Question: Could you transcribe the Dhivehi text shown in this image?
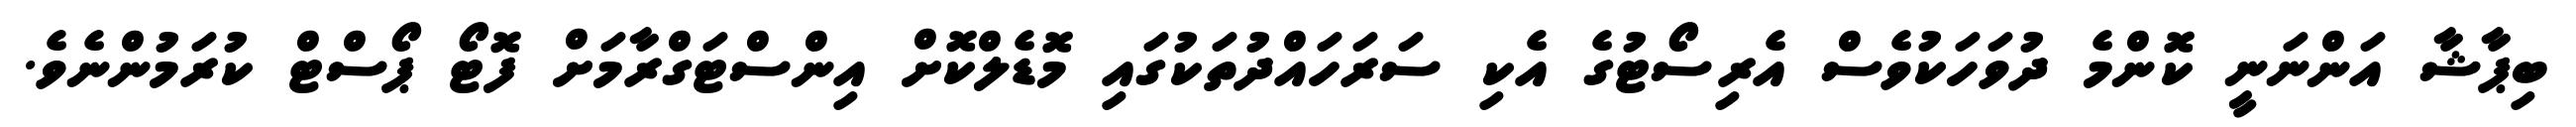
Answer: ބިޕާޝާ އަންނަނީ ކޮންމެ ދުވަހަކުވެސް އެރިސޯޓުގެ އެކި ސަރަހައްދުތަކުގައި މޮޑެލްކޮށް އިންސްޓަގްރާމަށް ފޮޓޯ ޕޯސްޓް ކުރަމުންނެވެ.